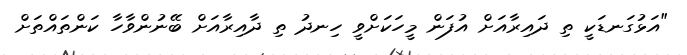
"އަޅުގަނޑަކީ ތި ދައިރާއަށް އުފަން މީހަކަށްވީ ހިނދު ތި ދާއިރާއަށް ބޭނުންވާހާ ކަންތައްތަށް